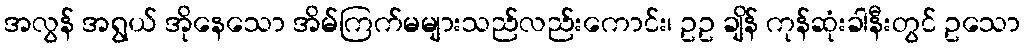
အလွန် အရွယ် အိုနေသော အိမ်ကြက်မများသည်လည်းကောင်း၊ ဥဥ ချိန် ကုန်ဆုံးခါနီးတွင် ဥသော